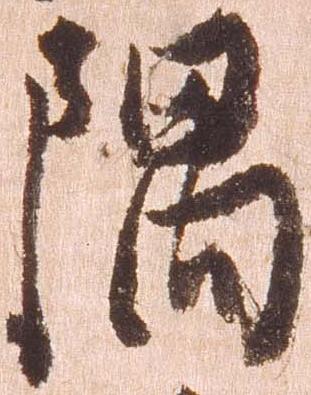
隅